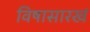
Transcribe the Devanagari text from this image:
विषासारखं